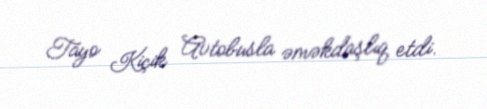
Tayo Kiçik Avtobusla əməkdaşlıq etdi.